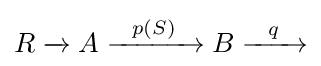
R\xrightarrow {} A\xrightarrow {\ \ p(S)\ \ } B\xrightarrow {\ \ q\ \ }